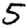
Digit: 5